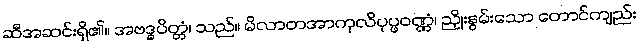
ဆီအဆင်းရှိ၏။ အဗဒ္ဓပိတ္တံ၊ သည်။ မိလာတအာကုလိပုပ္ဖဝဏ္ဏံ၊ ညှိုးနွမ်းသော တောင်ကျည်း